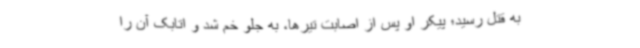
به قتل رسید؛ پیکر او پس از اصابت تیرها، به جلو خم شد و اتابک آن را